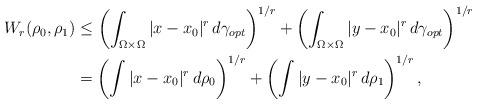
LaTeX: \begin{align*}W_{r}(\rho_0,\rho_1)&\le\left( \int_{\Omega\times\Omega} |x-x_0|^r\,d\gamma_{opt}\right)^{1/r}+\left( \int_{\Omega\times\Omega} |y-x_0|^r\,d\gamma_{opt}\right)^{1/r}\\&=\left( \int |x-x_0|^r\,d\rho_0\right)^{1/r}+\left( \int |y-x_0|^r\,d\rho_1\right)^{1/r},\end{align*}